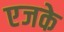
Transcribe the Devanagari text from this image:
एजके